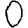
Digit: 0